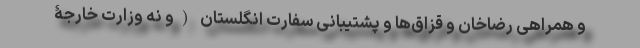
و همراهی رضاخان و قزاق‌ها و پشتیبانی سفارت انگلستان (و نه وزارت خارجۀ